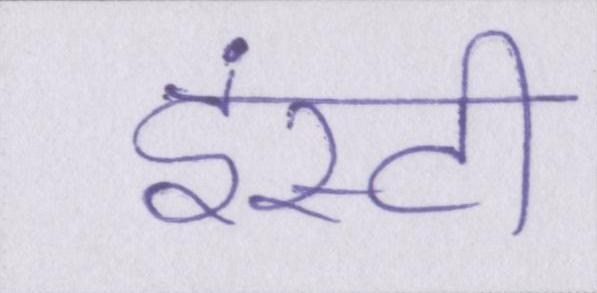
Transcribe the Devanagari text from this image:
इंस्टी